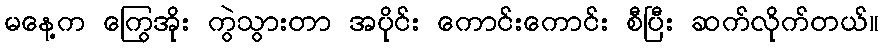
မနေ့က ကြွေအိုး ကွဲသွားတာ အပိုင်း ကောင်းကောင်း စီပြီး ဆက်လိုက်တယ်။